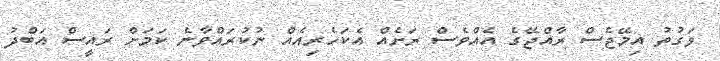
ވަގުތު އިމޭޖެސް ރާއްޖޭގެ އެއްވެސް ރަށެއް އެކަހެރިއެއް ނުކުރައްވާނެ ކަމަށް ރައީސް އަބްދު